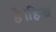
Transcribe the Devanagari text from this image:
है।हिज्र